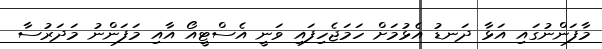
މާފަންނުގައި އަޅާ ދަނޑު އެޅުމަށް ހަމަޖެހިފައި ވަނީ އެސްޓީއޯ އާއި މަފަންނު މަދަރުސާ